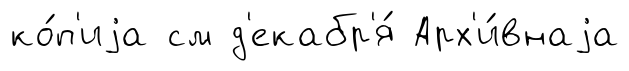
ко́п'иjа см д'екабр'я́ Арх'и́внаjа